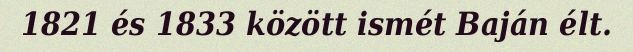
1821 és 1833 között ismét Baján élt.